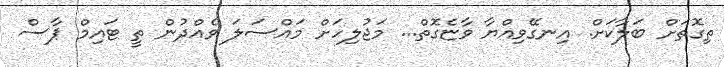
ތިގޮތަށް ބަލާކަށް. އިނގޭވިއްޔާ ވާޏެގޮތް... މަޖުލިހަށް މައްސަލަ ވެއްދުން ތީ ޓަައިމް ޕާސް